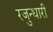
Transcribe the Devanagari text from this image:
रजुन्धारी